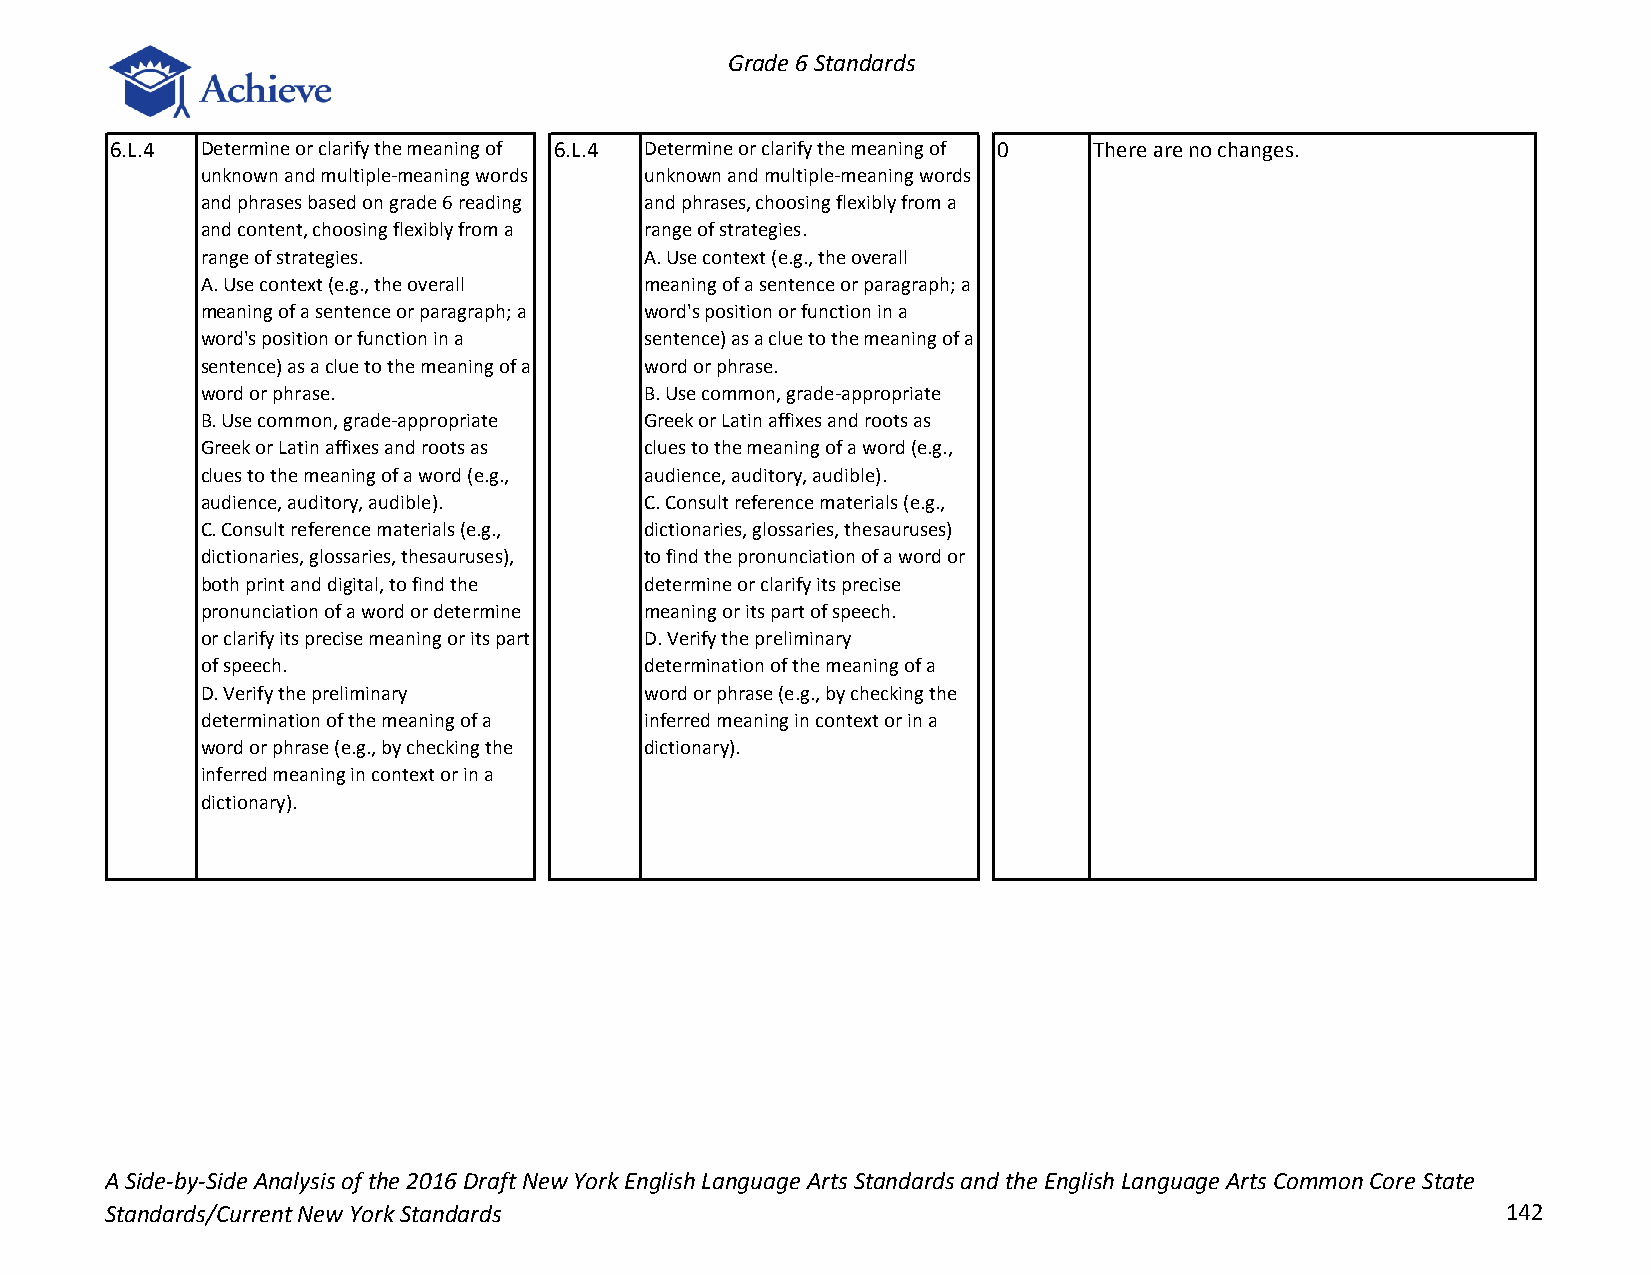
Grade 6 Standards
 6.L.4 Determine or clarify the meaning of 6.L.4 Determine or clarify the meaning of 0 There are no changes.
 unknown and multiple-meaning words unknown and multiple-meaning words
 and phrases based on grade 6 reading and phrases, choosing flexibly from a
 and content, choosing flexibly from a range of strategies.
 range of strategies.          A. Use context (e.g., the overall
 A. Use context (e.g., the overall meaning of a sentence or paragraph; a
 meaning of a sentence or paragraph; a word's position or function in a
 word's position or function in a sentence) as a clue to the meaning of a
 sentence) as a clue to the meaning of a word or phrase.
 word or phrase.               B. Use common, grade-appropriate
 B. Use common, grade-appropriate Greek or Latin affixes and roots as
 Greek or Latin affixes and roots as clues to the meaning of a word (e.g.,
 clues to the meaning of a word (e.g., audience, auditory, audible).
 audience, auditory, audible). C. Consult reference materials (e.g.,
 C. Consult reference materials (e.g., dictionaries, glossaries, thesauruses)
 dictionaries, glossaries, thesauruses), to find the pronunciation of a word or
 both print and digital, to find the determine or clarify its precise
 pronunciation of a word or determine meaning or its part of speech.
 or clarify its precise meaning or its part D. Verify the preliminary
 of speech.                    determination of the meaning of a
 D. Verify the preliminary     word or phrase (e.g., by checking the
 determination of the meaning of a inferred meaning in context or in a
 word or phrase (e.g., by checking the dictionary).
 inferred meaning in context or in a
 dictionary).
 A Side-by-Side Analysis of the 2016 Draft New York English Language Arts Standards and the English Language Arts Common Core State
 Standards/Current New York Standards                                                         142